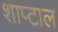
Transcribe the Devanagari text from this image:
शाप्टाल